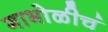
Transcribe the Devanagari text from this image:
गाभोळीचं